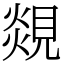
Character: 覢